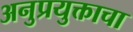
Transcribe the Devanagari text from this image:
अनुप्रयुक्ताचा